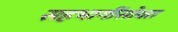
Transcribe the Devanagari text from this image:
सहभागींसोबत